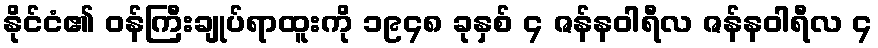
နိုင်ငံ၏ ဝန်ကြီးချုပ်ရာထူးကို ၁၉၄၈ ခုနှစ် ၄ ဇန်နဝါရီလ ဇန်နဝါရီလ ၄